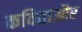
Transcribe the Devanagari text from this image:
कविताऔर